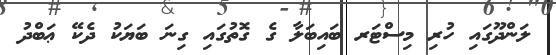
ލަންދޫގައި ހުރި މިސްޓަރ ބައިބަލާ ގެ ގޮތުގައި ގިނަ ބަޔަކު ދެކޭ ޢަބްދު